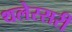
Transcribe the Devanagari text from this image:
थलेस्सरी